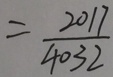
= \frac { 2 0 1 7 } { 4 0 3 2 }